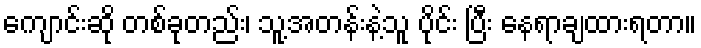
ကျောင်းဆို တစ်ခုတည်း၊ သူ့အတန်းနဲ့သူ ပိုင်း ပြီး နေရာချထားရတာ။